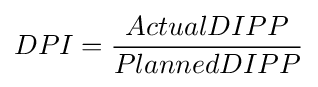
{\begin{aligned}DPI={ActualDIPP \over PlannedDIPP}\end{aligned}}